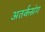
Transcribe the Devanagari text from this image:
अतर्कसंग